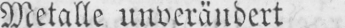
Metalle unverändert